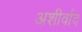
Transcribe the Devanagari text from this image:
अशीर्वाद